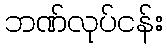
ဘဏ်လုပ်ငန်း